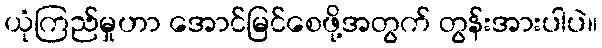
ယုံကြည်မှုဟာ အောင်မြင်စေဖို့အတွက် တွန်းအားပါပဲ။